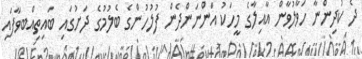
ދެ ކުދިންނާ ހަވާލުވާން އާއިލާގެ މީހަކު އަންނަންދެން ފުލުހުންގެ ބެލުމުގެ ދަށުގައި ބައިތިއްބވާފައި